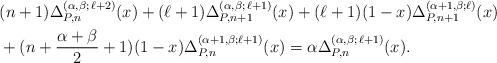
LaTeX: \begin{align*} & (n+1) \Delta_{P, n}^{ (\alpha, \beta; \,\ell+2)} (x) + (\ell+1) \Delta_{P, n+1}^{( \alpha, \beta; \,\ell+1)} (x) + (\ell +1)(1-x) \Delta_{P, n+1}^{( \alpha+1, \beta; \ell)} (x) \\ & + (n + \frac{\alpha + \beta}{2} + 1) (1-x) \Delta_{P, n}^{( \alpha + 1, \beta; \ell + 1)} (x)= \alpha \Delta_{P, n}^{ (\alpha, \beta; \,\ell+1)} (x). \end{align*}